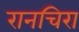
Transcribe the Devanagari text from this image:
रानचिरा